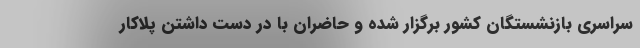
سراسری بازنشستگان کشور برگزار شده و حاضران با در دست داشتن پلاکار